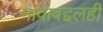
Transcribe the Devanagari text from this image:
नावाबद्दलही